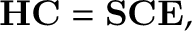
\mathbf { H } \mathbf { C } = \mathbf { S } \mathbf { C } \mathbf { E } ,